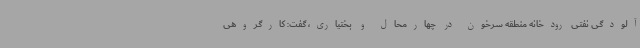
آلودگی نفتی رودخانه منطقه سرخون در چهارمحال و بختیاری، گفت: کارگروهی